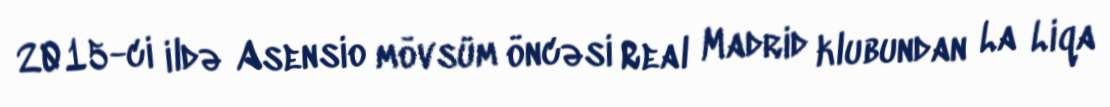
2015-ci ildə Asensio mövsüm öncəsi Real Madrid klubundan La Liqa